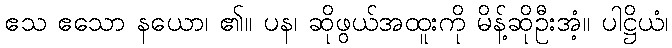
ဧသ ဧသော နယော၊ ၏။ ပန၊ ဆိုဖွယ်အထူးကို မိန့်ဆိုဦးအံ့။ ပါဋ္ဌိယံ၊